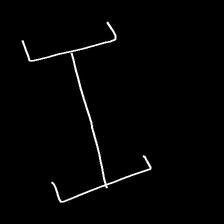
Glyph: entwine